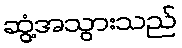
ဆွံ့အသွားသည်